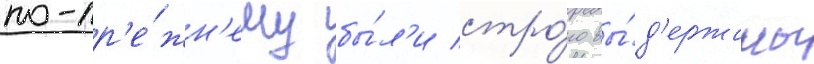
по-пр'е́жн'ему бы́л'и стро́го вы́д'ержаны